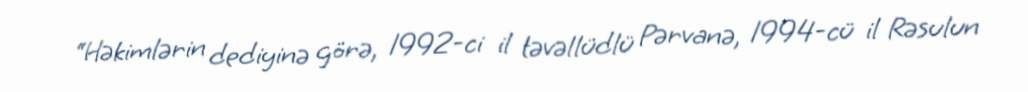
“Həkimlərin dediyinə görə, 1992-ci il təvəllüdlü Pərvanə, 1994-cü il Rəsulun